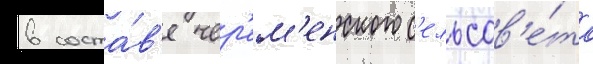
в соста́в'е чер'ем'енского с'ельсов'е́та